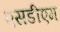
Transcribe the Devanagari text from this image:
एसडीएम